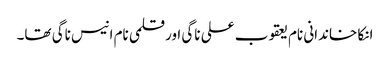
انکا خاندانی نام یعقوب علی ناگی اور قلمی نام انیس ناگی تھا۔